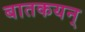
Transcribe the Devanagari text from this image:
बातकयन्